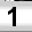
Digit: 1